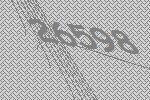
26598